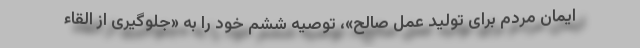
ایمان مردم برای تولید عمل صالح»، توصیه ششم خود را به «جلوگیری از القاء